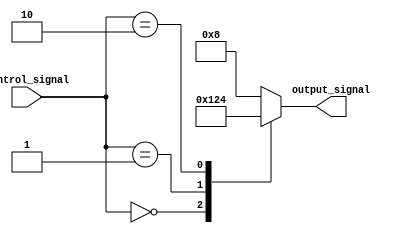
module full_case_statement (
  input wire [1:0] control_signal,
  output reg [3:0] output_signal
);

always @(*)
begin
  case (control_signal)
    2'b00: output_signal = 4'b0001;
    2'b01: output_signal = 4'b0010;
    2'b10: output_signal = 4'b0100;
    default: output_signal = 4'b1000;
  endcase
end

endmodule